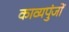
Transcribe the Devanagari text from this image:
काव्यपुंजों